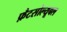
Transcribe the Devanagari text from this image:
फ़ैटसोल्यूबल